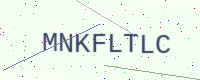
Text: MNKFLTLC